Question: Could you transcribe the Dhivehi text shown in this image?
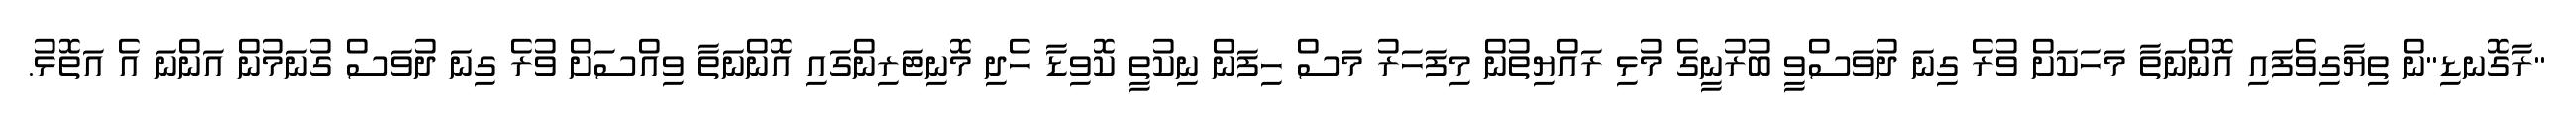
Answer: "ރާގޮނޑި"ން ތިޔާގިވެފައި އޮންނަތާ މަހަކަށް ވުރެ ގިނަ ދުވަސްވީ ބުރުނީގެ މުޅި ރައްޔިތުން މިފަހަރު މަސް ހިފަން ނިކުތީ ކޮވިޑާ ހެދި މޮނިޓަރިންގައި އޮންނަތާ ވިއްސަށް ވުރެ ގިނަ ދުވަސް ގުނަމުން އަންނަ އެ އަތޮޅު.